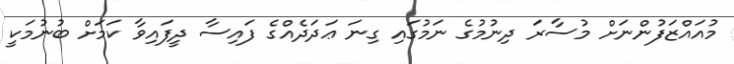
މުއައްޒަފުންނަށް މުސާރަ ދިނުމުގެ ނަމުގައި ގިނަ ޢަދަދެއްގެ ފައިސާ ދީފައިވާ ކަމަށް ބުނުމަކީ